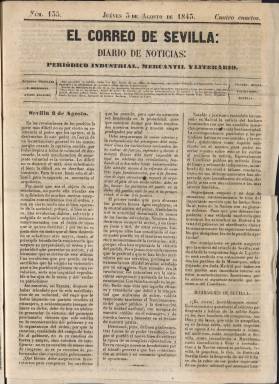
Título: El Correo de Sevilla (Sevilla. 1843)
Colección: Periódicos anteriores a 1850
Ámbito geográfico: Sevilla
Lugar de publicación: Sevilla
Fechas: 03/08/1843-03/08/1843